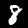
Digit: 8